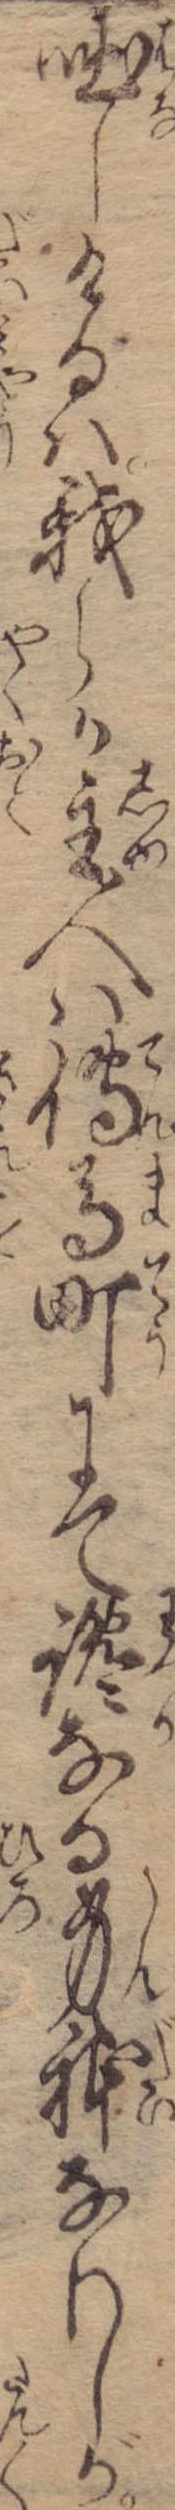
咄しけるは我らか主人は伝馬町にて纔なる身体なりしが